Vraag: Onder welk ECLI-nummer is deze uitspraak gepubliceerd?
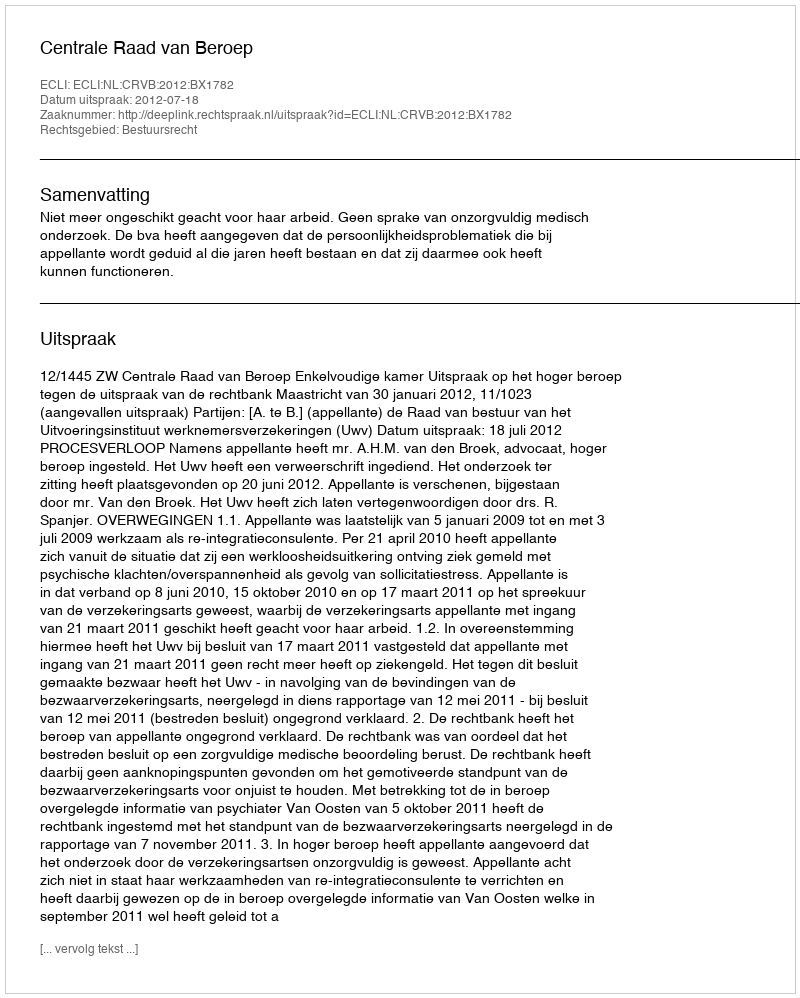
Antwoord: ECLI:NL:CRVB:2012:BX1782